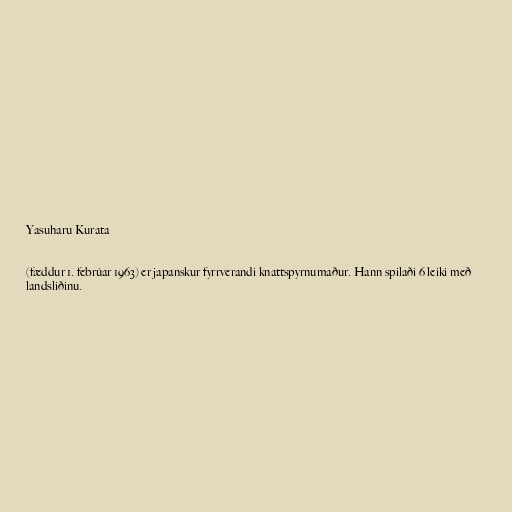
Yasuharu Kurata

(fæddur 1. febrúar 1963) er japanskur fyrrverandi knattspyrnumaður. Hann spilaði 6 leiki með
landsliðinu.